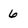
Character: 6